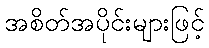
အစိတ်အပိုင်းများဖြင့်